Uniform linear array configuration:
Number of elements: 8
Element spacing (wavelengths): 0.5
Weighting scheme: hamming
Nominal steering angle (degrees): -60
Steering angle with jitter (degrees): -61.088
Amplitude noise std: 0.05
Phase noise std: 0.05

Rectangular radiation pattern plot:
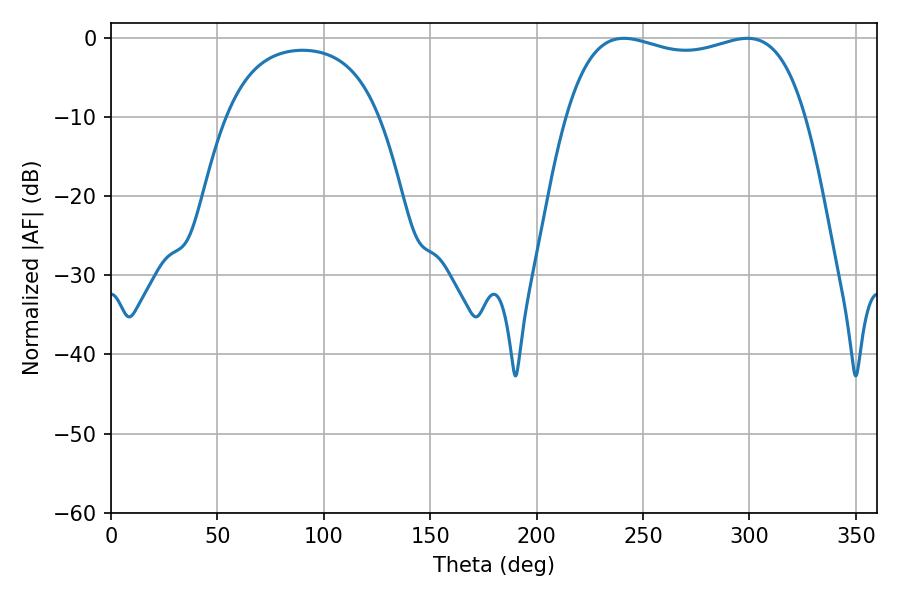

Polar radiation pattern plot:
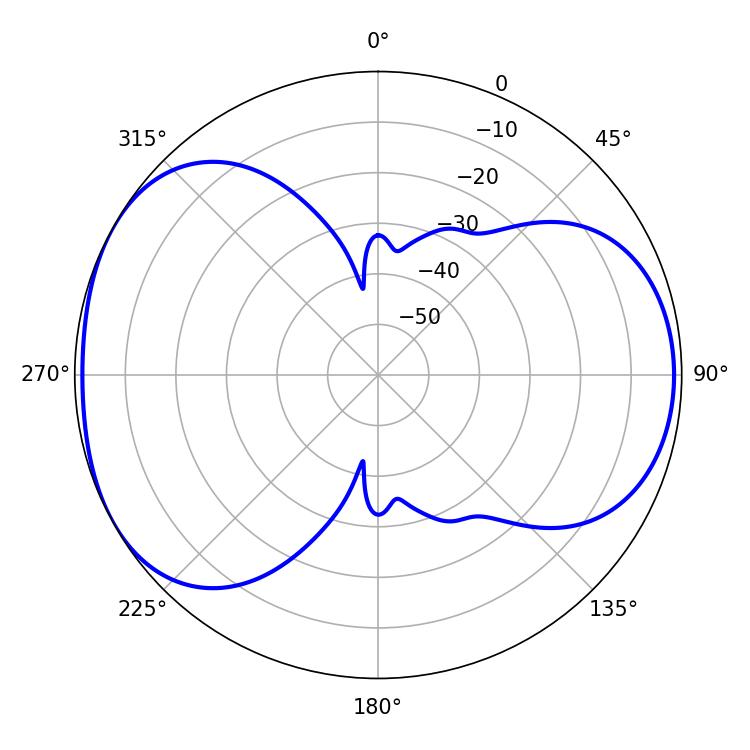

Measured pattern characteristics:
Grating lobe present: FALSE
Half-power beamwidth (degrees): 91.44
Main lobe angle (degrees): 298.98